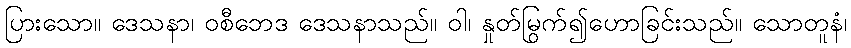
ပြားသော။ ဒေသနာ၊ ဝစီဘေဒ ဒေသနာသည်။ ဝါ၊ နှုတ်မြွက်၍ဟောခြင်းသည်။ သောတူနံ၊